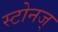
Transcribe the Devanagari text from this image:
स्टोनज्